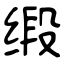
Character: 缎